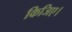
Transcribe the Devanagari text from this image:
किजिए।